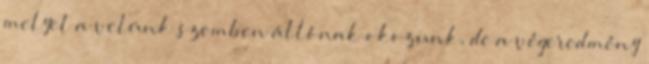
melyet a velünk szemben állónak okozunk, de a végeredmény